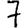
Digit: 7